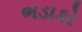
ભડાકો